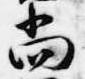
尚